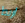
اربط